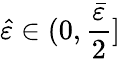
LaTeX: \hat{\varepsilon}\in(0,\frac{\bar{\varepsilon}}{2}]